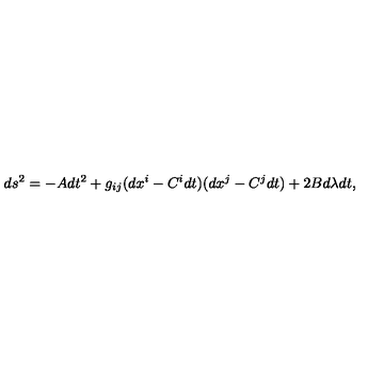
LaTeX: d s ^ { 2 } = - A d t ^ { 2 } + g _ { i j } ( d x ^ { i } - C ^ { i } d t ) ( d x ^ { j } - C ^ { j } d t ) + 2 B d \lambda d t ,